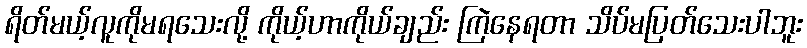
ရိတ်မယ့်လူကိုမရသေးလို့ ကိုယ့်ဟာကိုယ်ချည်း ကြဲနေရတာ သိပ်မပြတ်သေးပါဘူး